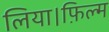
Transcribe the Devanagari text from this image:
लिया।फ़िल्म